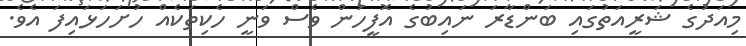
މިއަދުގެ ޝަރީއަތުގައި ބަންޑާރަ ނައިބުގެ އޮފީހުން ވެސް ވަނީ ހެކިތަކެއް ހުށަހަޅައިފަ އެވެ.